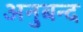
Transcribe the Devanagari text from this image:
अनुबन्द